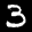
Label: 3